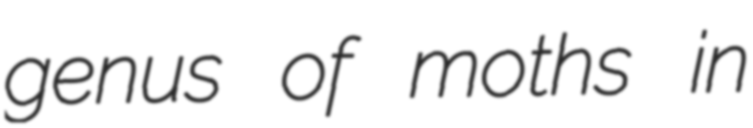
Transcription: genus of moths in